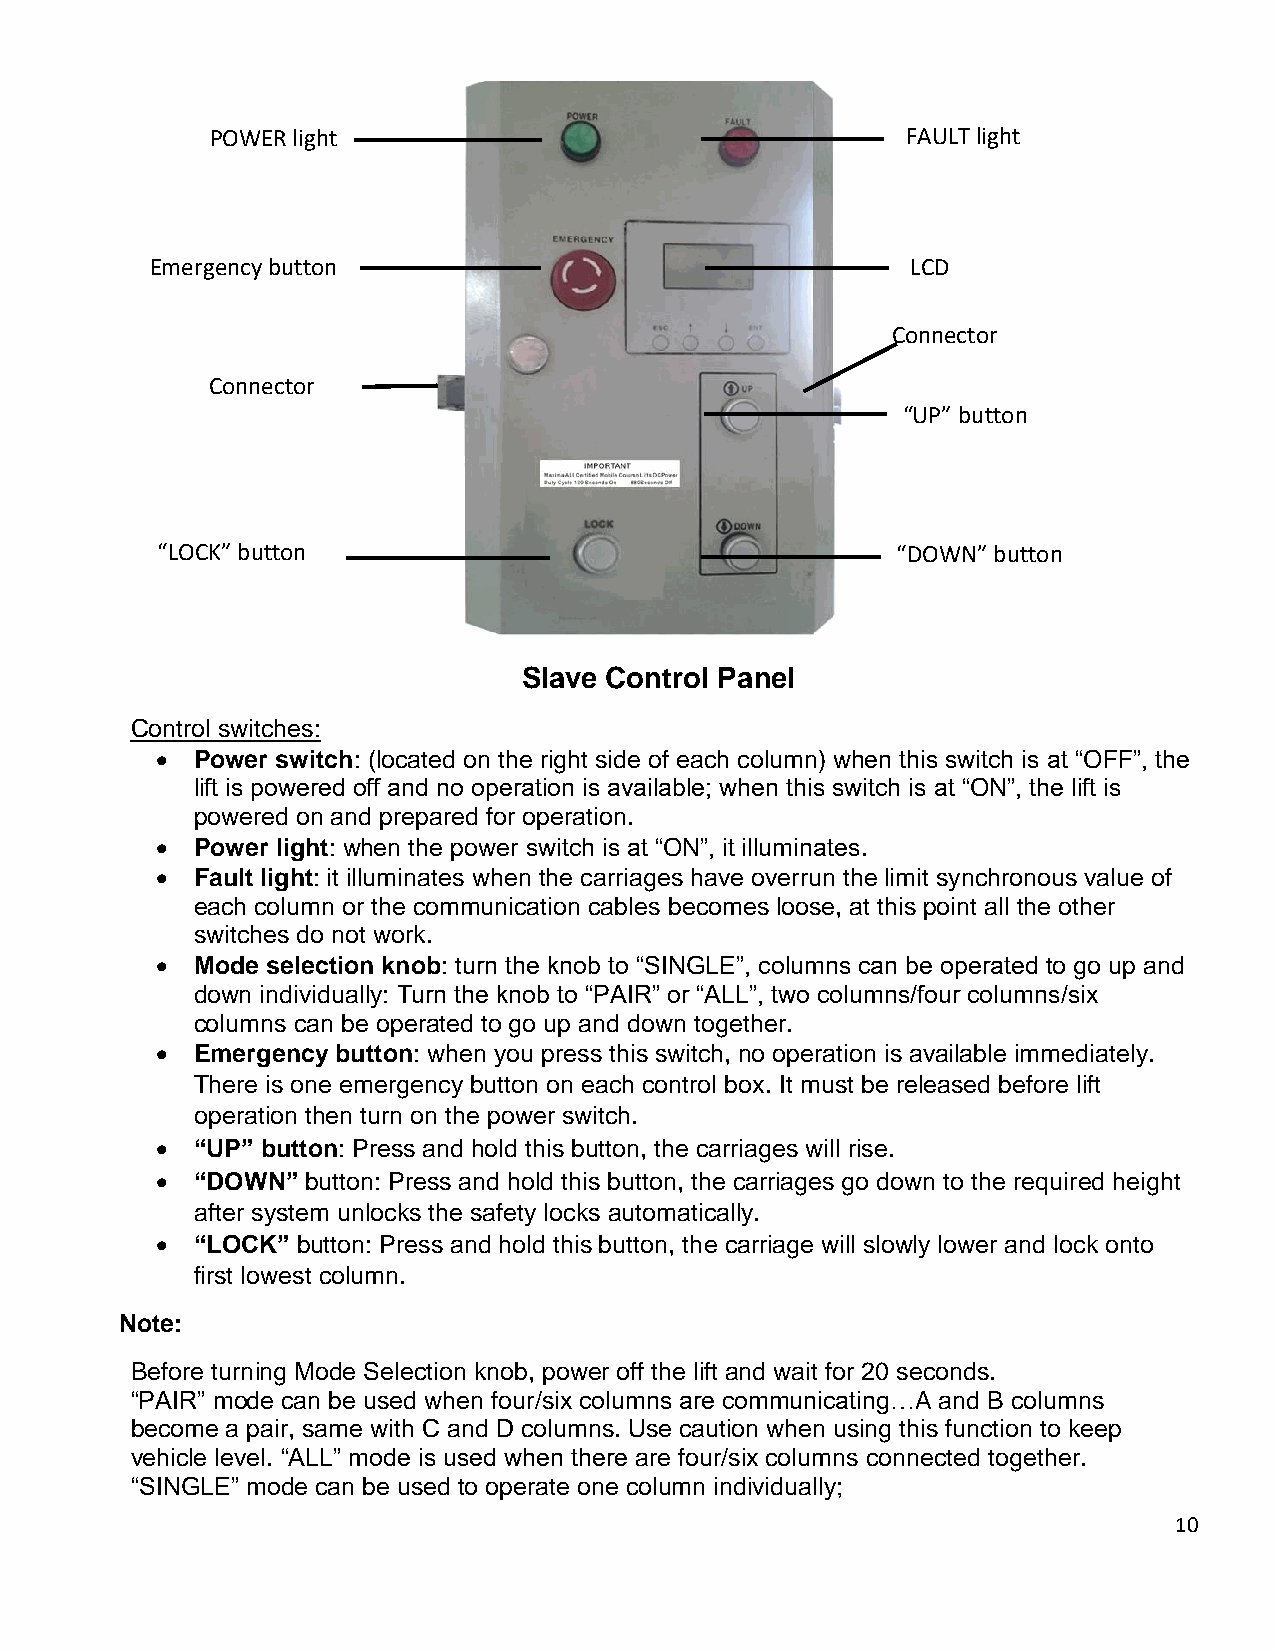
POWER light                                   FAULT light
 Emergency button                                  LCD
 Connector
 Connector
 “UP” button
 “LOCK” button                                    “DOWN” button
 Slave Control Panel
 Control switches:
   Power switch: (located on the right side of each column) when this switch is at “OFF”, the
 lift is powered off and no operation is available; when this switch is at “ON”, the lift is
 powered on and prepared for operation.
   Power light: when the power switch is at “ON”, it illuminates.
   Fault light: it illuminates when the carriages have overrun the limit synchronous value of
 each column or the communication cables becomes loose, at this point all the other
 switches do not work.
   Mode selection knob: turn the knob to “SINGLE”, columns can be operated to go up and
 down individually: Turn the knob to “PAIR” or “ALL”, two columns/four columns/six
 columns can be operated to go up and down together.
   Emergency button: when you press this switch, no operation is available immediately.
 There is one emergency button on each control box. It must be released before lift
 operation then turn on the power switch.
   “UP” button: Press and hold this button, the carriages will rise.
   “DOWN” button: Press and hold this button, the carriages go down to the required height
 after system unlocks the safety locks automatically.
   “LOCK” button: Press and hold this button, the carriage will slowly lower and lock onto
 first lowest column.
 Note:
 Before turning Mode Selection knob, power off the lift and wait for 20 seconds.
 “PAIR” mode can be used when four/six columns are communicating…A and B columns
 become a pair, same with C and D columns. Use caution when using this function to keep
 vehicle level. “ALL” mode is used when there are four/six columns connected together.
 “SINGLE” mode can be used to operate one column individually;
 10